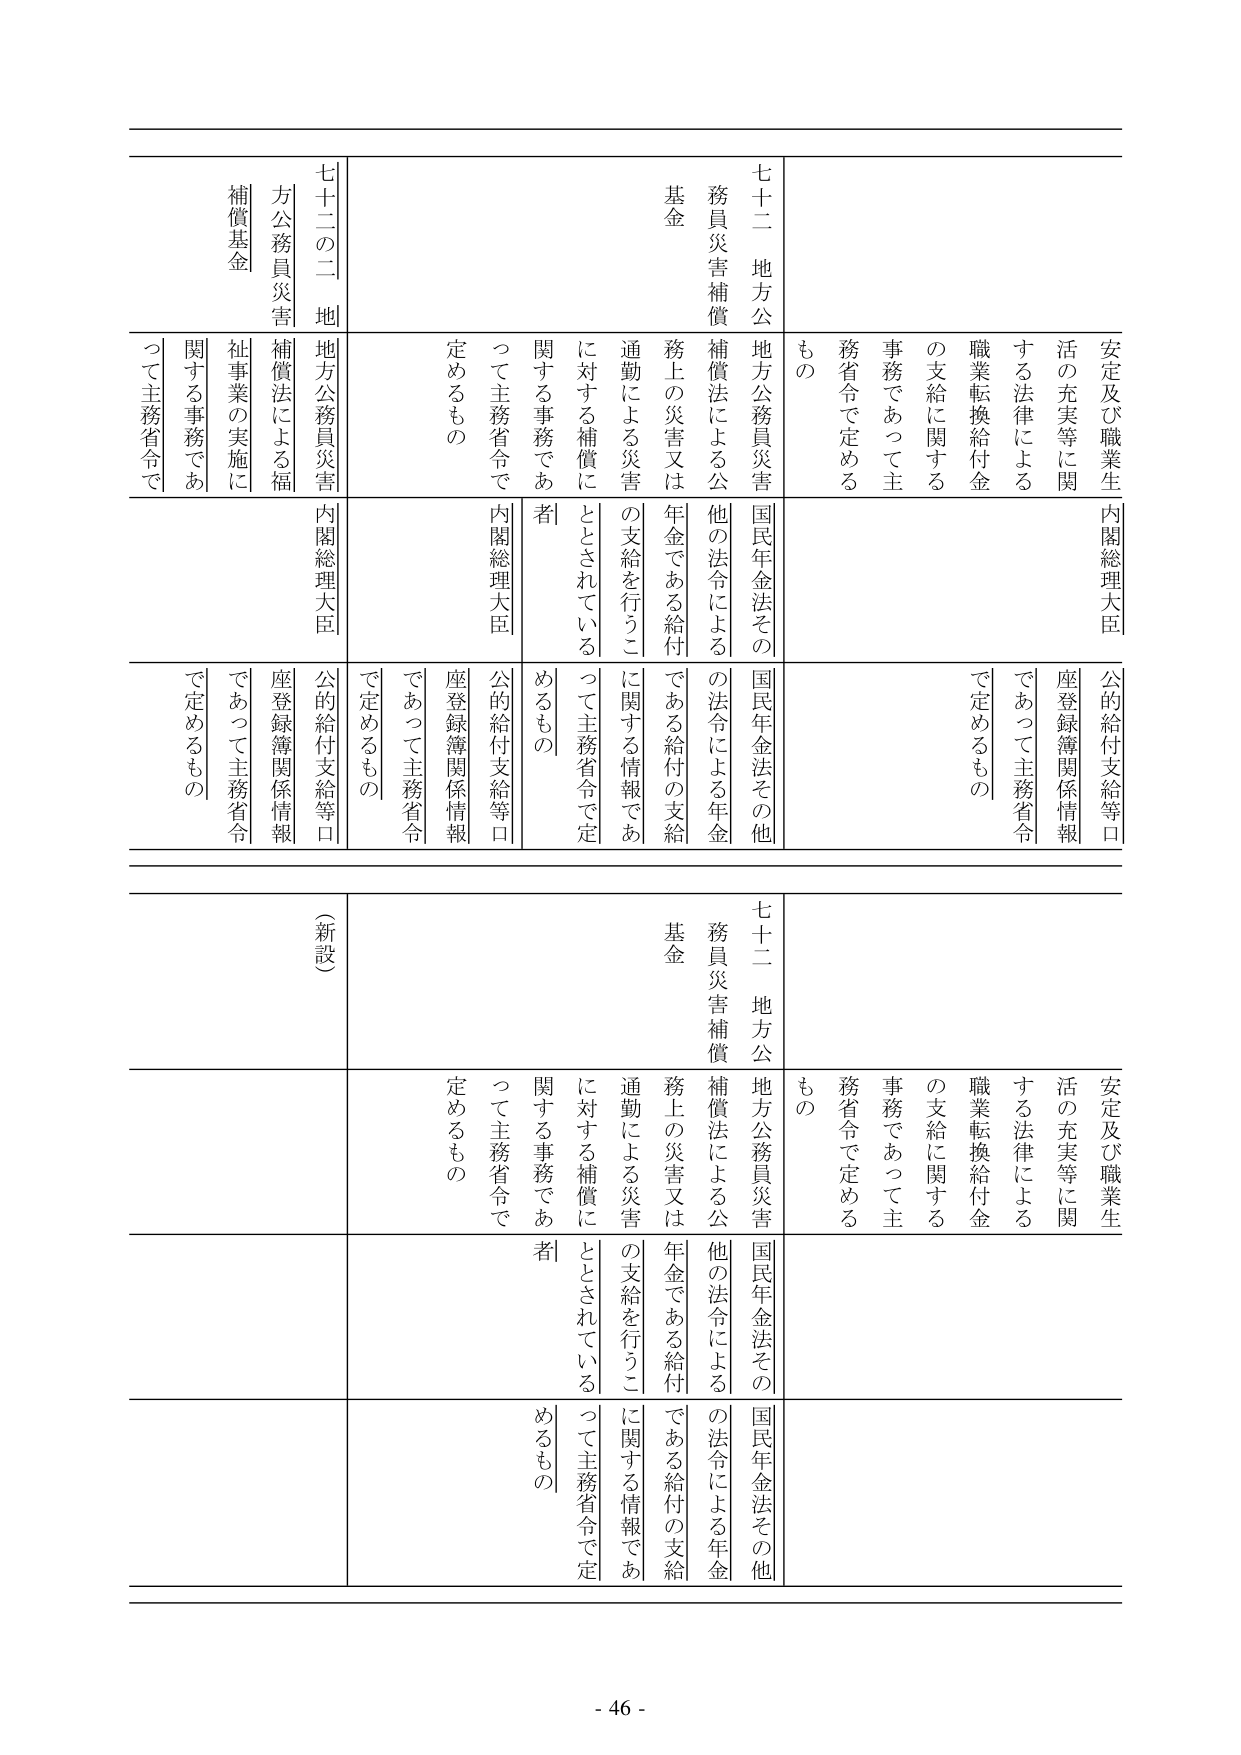
安定及び職業生活の充実等に関する法律による職業転換給付金の支給に関する事務であって主務省令で定めるもの
内閣総理大臣
公的給付支給等口座登録簿関係情報であって主務省令で定めるもの

七十二 地方公務員災害補償基金
地方公務員災害補償法による公務上の災害又は通勤による災害に対する補償に関する事務であって主務省令で定めるもの
内閣総理大臣
国民年金法その他の法令による年金である給付の支給に関する情報であって主務省令で定めるもの
公的給付支給等口座登録簿関係情報であって主務省令で定めるもの

七十二の二 地方公務員災害補償基金
地方公務員災害補償法による福祉事業の実施に関する事務であって主務省令で定めるもの
内閣総理大臣
国民年金法その他の法令による年金である給付の支給に関する情報であって主務省令で定めるもの
公的給付支給等口座登録簿関係情報であって主務省令で定めるもの

（新設）

安定及び職業生活の充実等に関する法律による職業転換給付金の支給に関する事務であって主務省令で定めるもの
内閣総理大臣
公的給付支給等口座登録簿関係情報であって主務省令で定めるもの

七十二 地方公務員災害補償基金
地方公務員災害補償法による公務上の災害又は通勤による災害に対する補償に関する事務であって主務省令で定めるもの
内閣総理大臣
国民年金法その他の法令による年金である給付の支給に関する情報であって主務省令で定めるもの
公的給付支給等口座登録簿関係情報であって主務省令で定めるもの

- 46 -